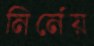
নির্নেয়